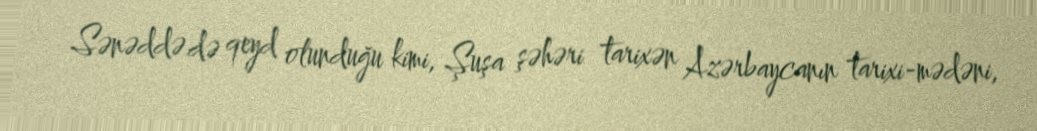
Sənəddə də qeyd olunduğu kimi, Şuşa şəhəri tarixən Azərbaycanın tarixi-mədəni,